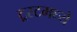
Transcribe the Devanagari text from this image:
ट्रस्टमध्ये